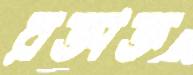
রক্তাক্ত